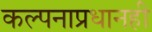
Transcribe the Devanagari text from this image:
कल्पनाप्रधानही